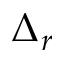
\Delta _ { r }